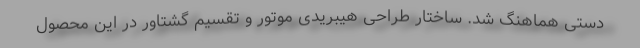
دستی هماهنگ شد. ساختار طراحی هیبریدی موتور و تقسیم گشتاور در این محصول